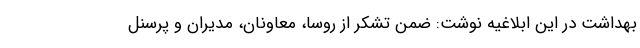
بهداشت در این ابلاغیه نوشت: ضمن تشکر از روسا، معاونان، مدیران و پرسنل